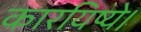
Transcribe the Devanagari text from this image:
कारयिष्ये।